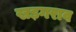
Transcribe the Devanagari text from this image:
खड़गराव